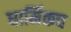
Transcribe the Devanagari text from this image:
धार्मिकच